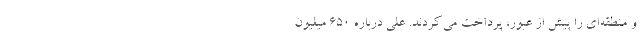
و منطقه‌ای را پیش از عبور، پرداخت می‌کردند. علی درباره 650‌ میلیون